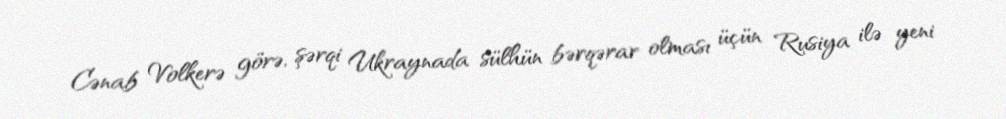
Cənab Volkerə görə, şərqi Ukraynada sülhün bərqərar olması üçün Rusiya ilə yeni